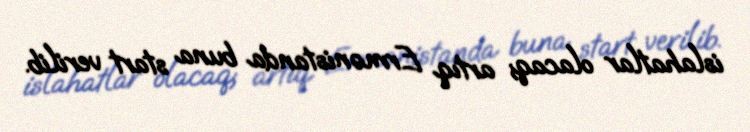
islahatlar olacaq; artıq Ermənistanda buna start verilib.